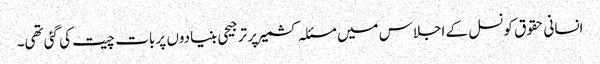
انسانی حقوق کونسل کے اجلاس میں مسئلہ کشمیر پر ترجیحی بنیادوں پر بات چیت کی گئی تھی۔